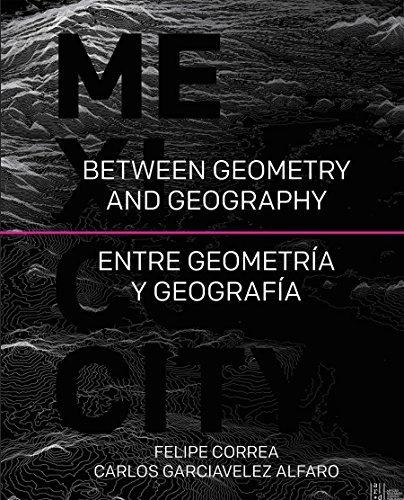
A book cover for Mexico City: Between Geometry and Geography; Felipe Correa; Arts & Photography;